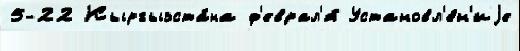
5-22 Кыргызста́на ф'еврал'я́ Установл'е́н'иjе